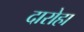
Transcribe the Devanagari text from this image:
दारोहा